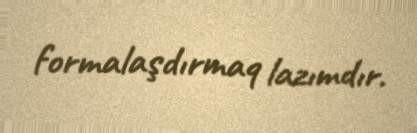
formalaşdırmaq lazımdır.